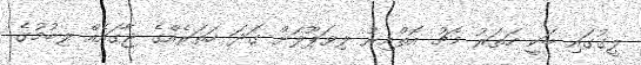
ލީގުގައި ބަކީ ހަތަރު މެޗު އޮތްއިރު ލިވަޕޫލަށް ގަަދަ ހަތަރެއްގެ ޖާގައެއް ލިބުމުގެ